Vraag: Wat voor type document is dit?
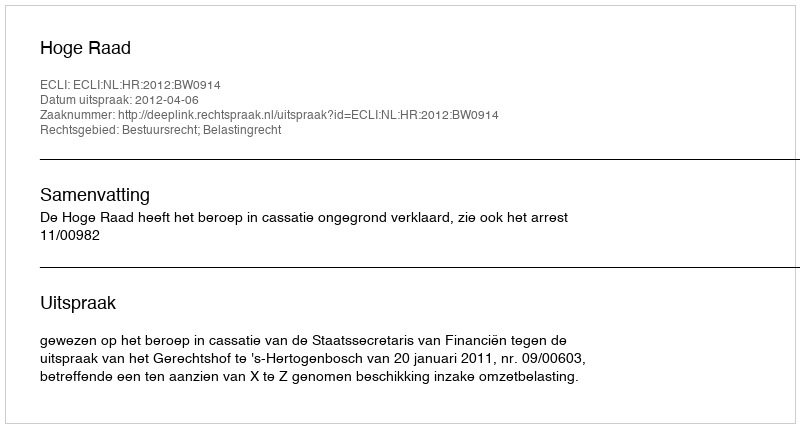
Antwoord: Uitspraak